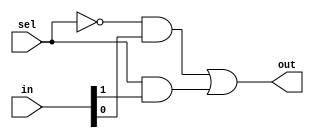
//2:1 mux model, intitially behavioural, now written in structural design flow
module mux2to1 (out,sel,in);
    input [1:0] in;
    input sel;
    output out;
    wire sel_bar, x, y;

    not n1 (sel_bar, sel);
    and a0 (x,sel_bar,in[0]);
    and a1 (y,sel,in[1]);
    or o1 (out,x,y);

endmodule